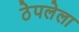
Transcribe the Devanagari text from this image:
ठेपलेला